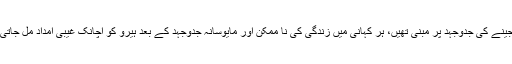
اسے بچپن میں پڑھی اور سنی سنائی کئی ایسی کہانیاں یاد آئیں جو جینے کی جدوجہد پر مبنی تھیں، ہر کہانی میں زندگی کی نا ممکن اور مایوسانہ جدوجہد کے بعد ہیرو کو اچانک غیبی امداد مل جاتی تھی اور وہ اپنوں میں پہنچ کر ہنسی خوشی زندگی بسر کرنے لگتا۔